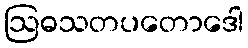
ဩဓသတပတောဒေါ